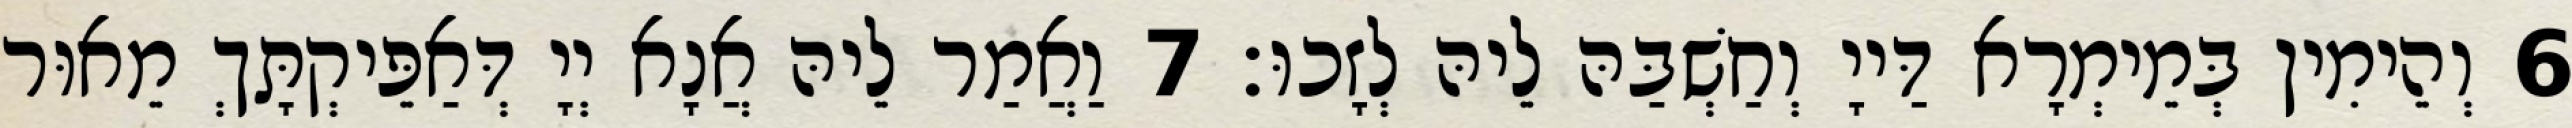
6 וְהֵימִין בְּמֵימְרָא דַּייָ וְחַשְׁבַּהּ לֵיהּ לְזָכוּ׃ 7 וַאֲמַר לֵיהּ אֲנָא יְיָ דְּאַפֵּיקְתָּךְ מֵאוּר